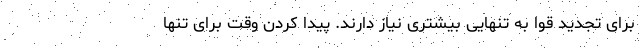
برای تجدید قوا به تنهایی بیشتری نیاز دارند. پیدا کردن وقت برای تنها